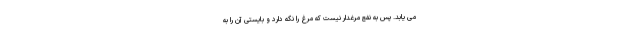
می یابد. پس به نفع مرغدار نیست که مرغ را نگه دارد و بایستی آن را به